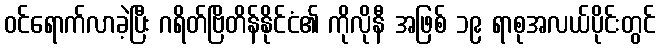
ဝင်ရောက်လာခဲ့ပြီး ဂရိတ်ဗြိတိန်နိုင်ငံ၏ ကိုလိုနီ အဖြစ် ၁၉ ရာစုအလယ်ပိုင်းတွင်